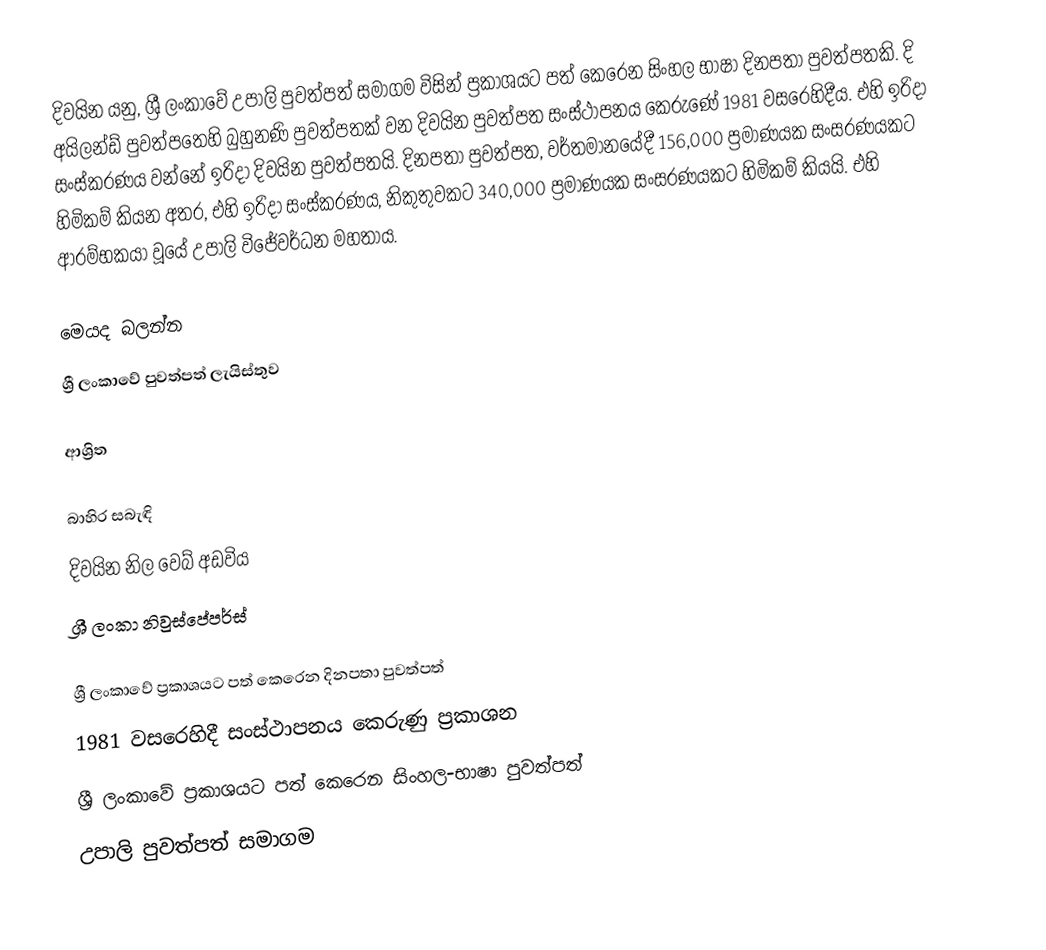
දිවයින යනු,  ශ්‍රී ලංකාවේ උපාලි පුවත්පත් සමාගම විසින් ප්‍රකාශයට පත් කෙරෙන සිංහල භාෂා දිනපතා පුවත්පතකි. දි අයිලන්ඩ්  පුවත්පතෙහි බුහුනණි පුවත්පතක් වන දිවයින පුවත්පත සංස්ථාපනය කෙරුණේ 1981 වසරෙහිදීය. එහි ඉරිදා සංස්කරණය වන්නේ ඉරිදා දිවයින පුවත්පතයි. දිනපතා පුවත්පත, වර්තමානයේදී  156,000 ප්‍රමාණයක සංසරණයකට හිමිකම් කියන අතර, එහි ඉරිදා සංස්කරණය,  නිකුතුවකට 340,000 ප්‍රමාණයක සංසරණයකට හිමිකම් කියයි. එහි ආරම්භකයා වූයේ උපාලි විජේවර්ධන මහතාය.

මෙයද බලන්න
ශ්‍රී ලංකාවේ පුවත්පත් ලැයිස්තුව

ආශ්‍රිත

බාහිර සබැඳි
දිවයින නිල වෙබ් අඩවිය
ශ්‍රී ලංකා නිවුස්පේපර්ස්

 ශ්‍රී ලංකාවේ ප්‍රකාශයට පත් කෙරෙන දිනපතා පුවත්පත්
 1981 වසරෙහිදී සංස්ථාපනය කෙරුණු ප්‍රකාශන
 ශ්‍රී ලංකාවේ ප්‍රකාශයට පත් කෙරෙන සිංහල-භාෂා පුවත්පත්
උපාලි පුවත්පත් සමාගම